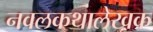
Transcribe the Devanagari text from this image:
नवलकथालेखक